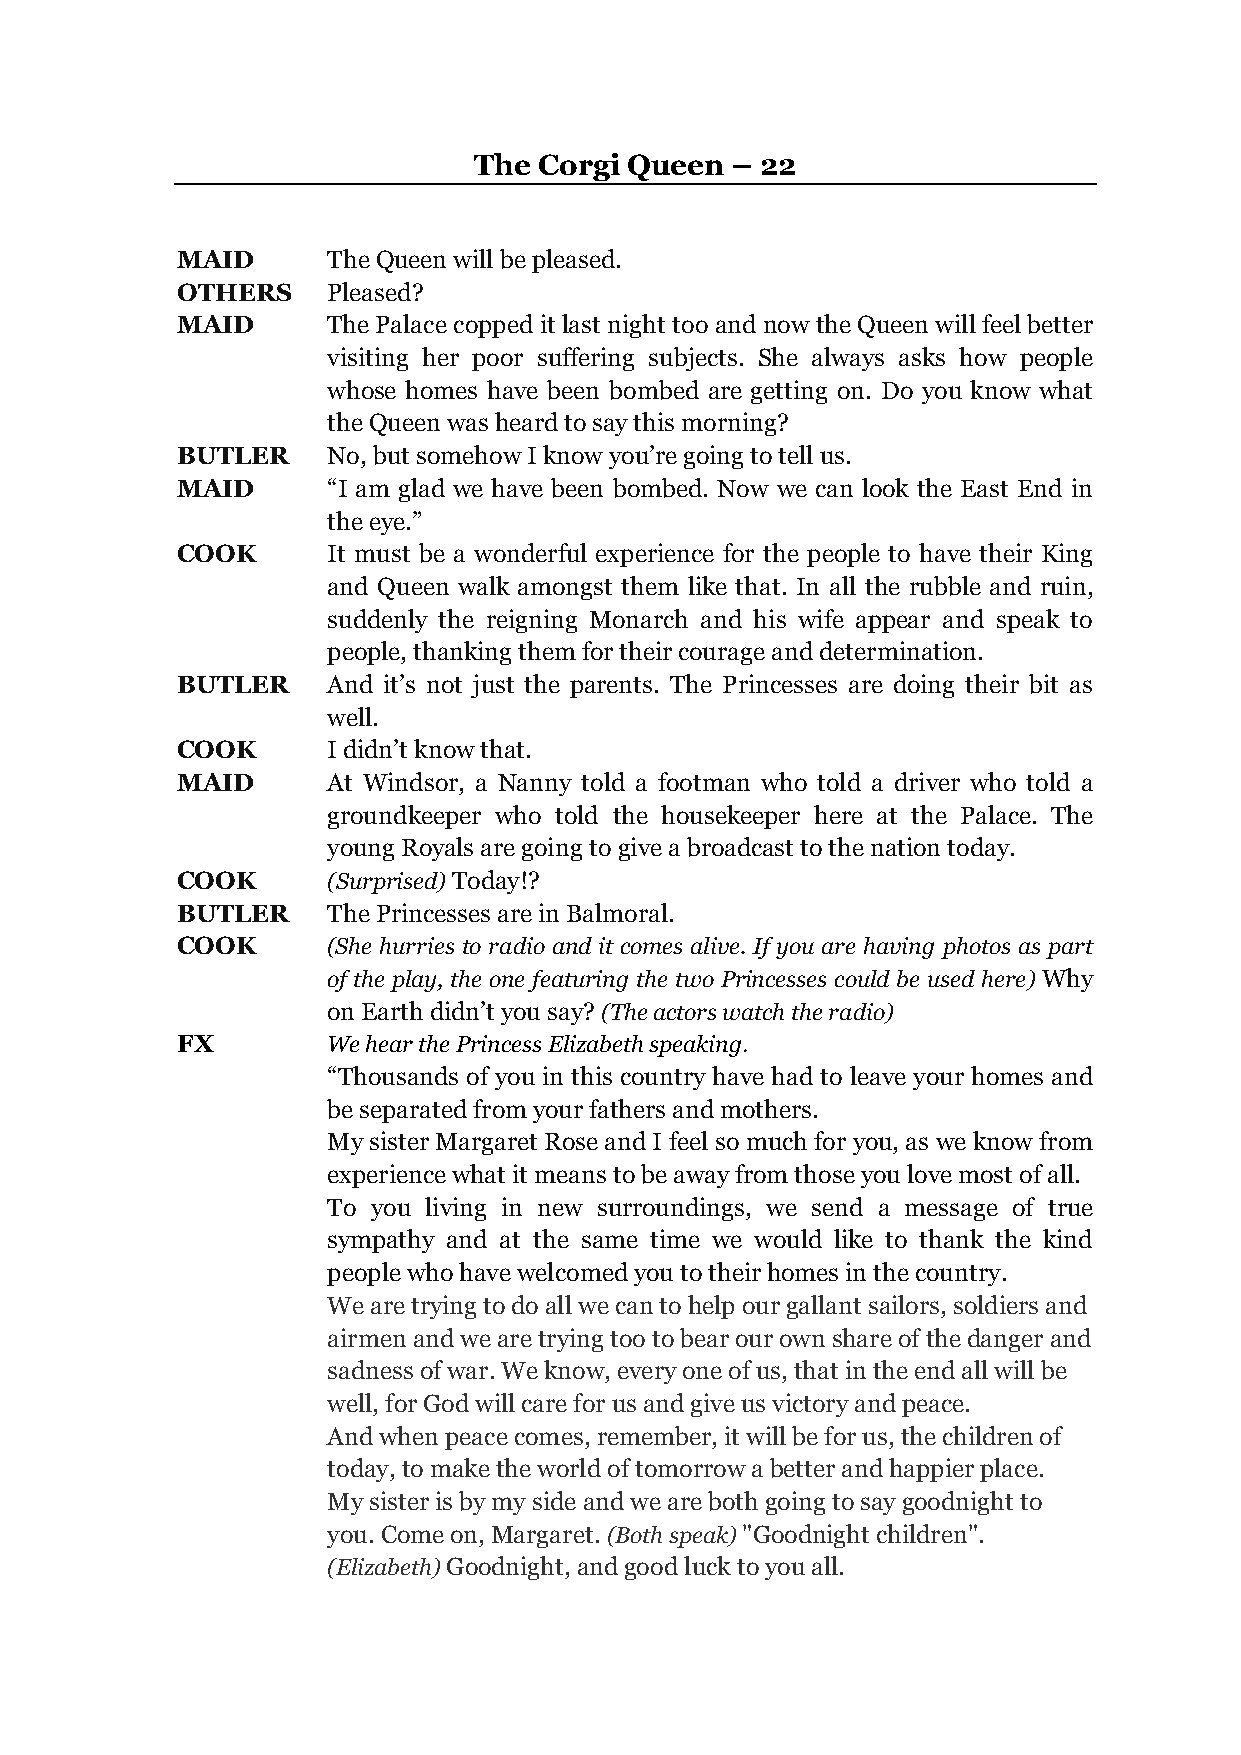
The  Corgi Queen – 22
 MAID      The Queen will be pleased.
 OTHERS    Pleased?
 MAID      The Palace copped it last night too and now the Queen will feel better
 visiting her poor suffering subjects. She always asks how people
 whose homes have been bombed are getting on. Do you know what
 the Queen was heard to say this morning?
 BUTLER    No, but somehow I know you’re going to tell us.
 MAID      “I am glad we have been bombed. Now we can look the East End in
 the eye.”
 COOK      It must be a wonderful experience for the people to have their King
 and Queen walk amongst them like that. In all the rubble and ruin,
 suddenly the reigning Monarch and his wife appear and speak to
 people, thanking them for their courage and determination.
 BUTLER    And it’s not just the parents. The Princesses are doing their bit as
 well.
 COOK      I didn’t know that.
 MAID      At Windsor, a Nanny told a footman who told a driver who told a
 groundkeeper who told the housekeeper here at the Palace. The
 young Royals are going to give a broadcast to the nation today.
 COOK      (Surprised) Today!?
 BUTLER    The Princesses are in Balmoral.
 COOK      (She hurries to radio and it comes alive. If you are having photos as part
 of the play, the one featuring the two Princesses could be used here) Why
 on Earth didn’t you say? (The actors watch the radio)
 FX        We hear the Princess Elizabeth speaking.
 “Thousands of you in this country have had to leave your homes and
 be separated from your fathers and mothers.
 My sister Margaret Rose and I feel so much for you, as we know from
 experience what it means to be away from those you love most of all.
 To you living in new surroundings, we send a message of true
 sympathy and at the same time we would like to thank the kind
 people who have welcomed you to their homes in the country.
 We are trying to do all we can to help our gallant sailors, soldiers and
 airmen and we are trying too to bear our own share of the danger and
 sadness of war. We know, every one of us, that in the end all will be
 well, for God will care for us and give us victory and peace.
 And when peace comes, remember, it will be for us, the children of
 today, to make the world of tomorrow a better and happier place.
 My sister is by my side and we are both going to say goodnight to
 you. Come on, Margaret. (Both speak) "Goodnight children".
 (Elizabeth) Goodnight, and good luck to you all.